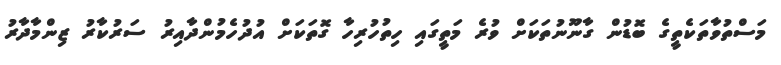
މަސްތުވާތަކެތީގެ ބޮޑުން ގާނޫނުތަކަށް ވުރެ މަތީގައި ހިތުހުރިހާ ގޮތަކަށް އުދުހެމުންދާއިރު ސަރުކާރު ޒިންމާދާރު